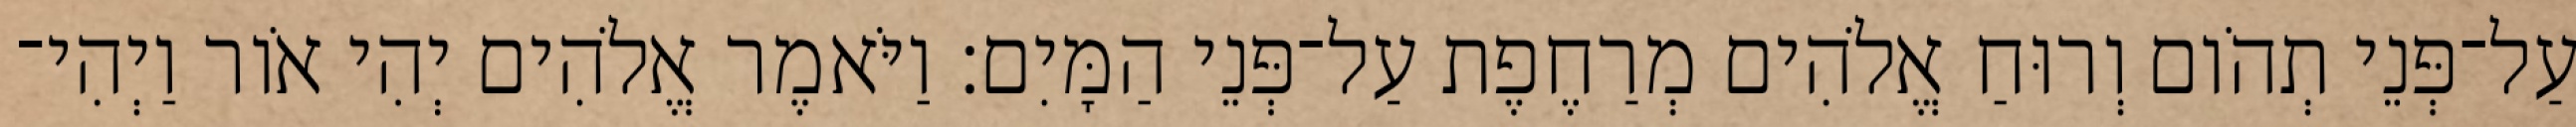
עַל־פְּנֵי תְהֹום וְרוּחַ אֱלֹהִים מְרַחֶפֶת עַל־פְּנֵי הַמָּיִם׃ וַיֹּאמֶר אֱלֹהִים יְהִי אֹור וַיְהִי־